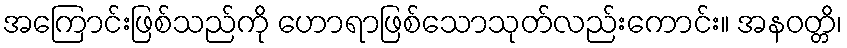
အကြောင်းဖြစ်သည်ကို ဟောရာဖြစ်သောသုတ်လည်းကောင်း။ အနဝတ္တိ၊